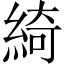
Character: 綺